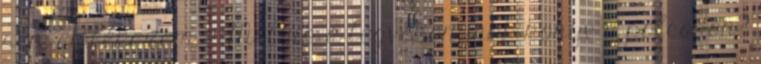
sem emlékszem. ➤ Melyik a legvékonyabb könyv a polcodon?